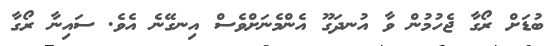
ބުޑަށް ރޯގާ ޖެހުމުން ވާ އުނދަގޫ އެންމެނަށްވެސް އިނގޭނެ އެވެ. ސައިނާ ރޯގާ